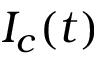
I _ { c } ( t )